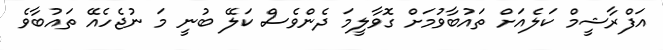
އަފްރާޝީމް ކަލެއަށް ތައުބާވުމަށް ގޮވާލީމަ ދެންވެސް ކަލޭ ބުނީ މަ ނުޖެހެއޭ ތައުބާވެ